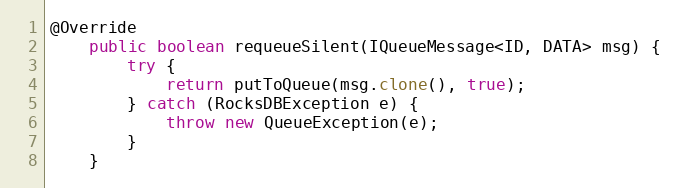
Language: Java
@Override
    public boolean requeueSilent(IQueueMessage<ID, DATA> msg) {
        try {
            return putToQueue(msg.clone(), true);
        } catch (RocksDBException e) {
            throw new QueueException(e);
        }
    }